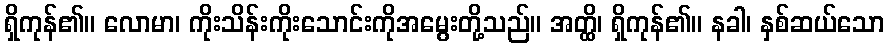
ရှိကုန်၏။ လောမာ၊ ကိုးသိန်းကိုးသောင်းကိုအမွေးတို့သည်။ အတ္ထိ၊ ရှိကုန်၏။ နခါ၊ နှစ်ဆယ်သော